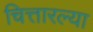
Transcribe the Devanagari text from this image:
चित्तारल्या